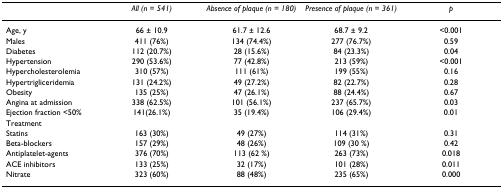
|  | All (n = 541) | Absence of plaque (n = 180) | Presence of plaque (n = 361) | p |
 | --- | --- | --- | --- | --- |
 | Age, y | 66 ± 10.9 | 61.7 ± 12.6 | 68.7 ± 9.2 | <0.001 |
 | Males | 411 (76%) | 134 (74.4%) | 277 (76.7%) | 0.59 |
 | Diabetes | 112 (20.7%) | 28 (15.6%) | 84 (23.3%) | 0.04 |
 | Hypertension | 290 (53.6%) | 77 (42.8%) | 213 (59%) | <0.001 |
 | Hypercholesterolemia | 310 (57%) | 111 (61%) | 199 (55%) | 0.16 |
 | Hypertrigliceridemia | 131 (24.2%) | 49 (27.2%) | 82 (22.7%) | 0.28 |
 | Obesity | 135 (25%) | 47 (26.1%) | 88 (24.4%) | 0.67 |
 | Angina at admission | 338 (62.5%) | 101 (56.1%) | 237 (65.7%) | 0.03 |
 | Ejection fraction <50% | 141(26.1%) | 35 (19.4%) | 106 (29.4%) | 0.01 |
 | Treatment |  |  |  |  |
 | Statins | 163 (30%) | 49 (27%) | 114 (31%) | 0.31 |
 | Beta-blockers | 157 (29%) | 48 (26%) | 109 (30 %) | 0.42 |
 | Antiplatelet-agents | 376 (70%) | 113 (62 %) | 263 (73%) | 0.018 |
 | ACE inhibitors | 133 (25%) | 32 (17%) | 101 (28%) | 0.011 |
 | Nitrate | 323 (60%) | 88 (48%) | 235 (65%) | 0.000 |